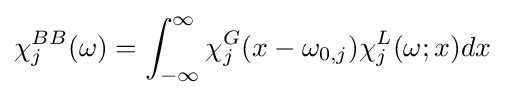
\chi _{j}^{BB}(\omega )=\int _{-\infty }^{\infty }\chi _{j}^{G}(x-\omega _{0,j})\chi _{j}^{L}(\omega ;x)dx